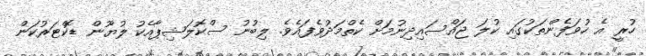
ހުރީ އެ ހުވަފެންތަކުގައި ކުލަ ޖައްސައިދިނުމަށް ކެތްމަދުވެފައެވެ. ލިބުނު ސްކޮލަޝިޕާއެކު ލުޔޫން ޑޮކްޓަރުކަން